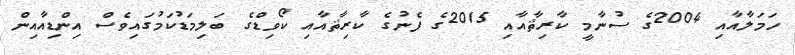
ހަމަލާއާއި 2004ގެ ސުނާމީ ކާރިޘާއާއި 2015ގެ ފެނުގެ ކާރިޘާއާއި ކޯވިޑްގެ ބަލިމަޑުކަމުގައިވެސް އިންޑިއާއިން